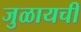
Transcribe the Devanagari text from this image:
जुळायची